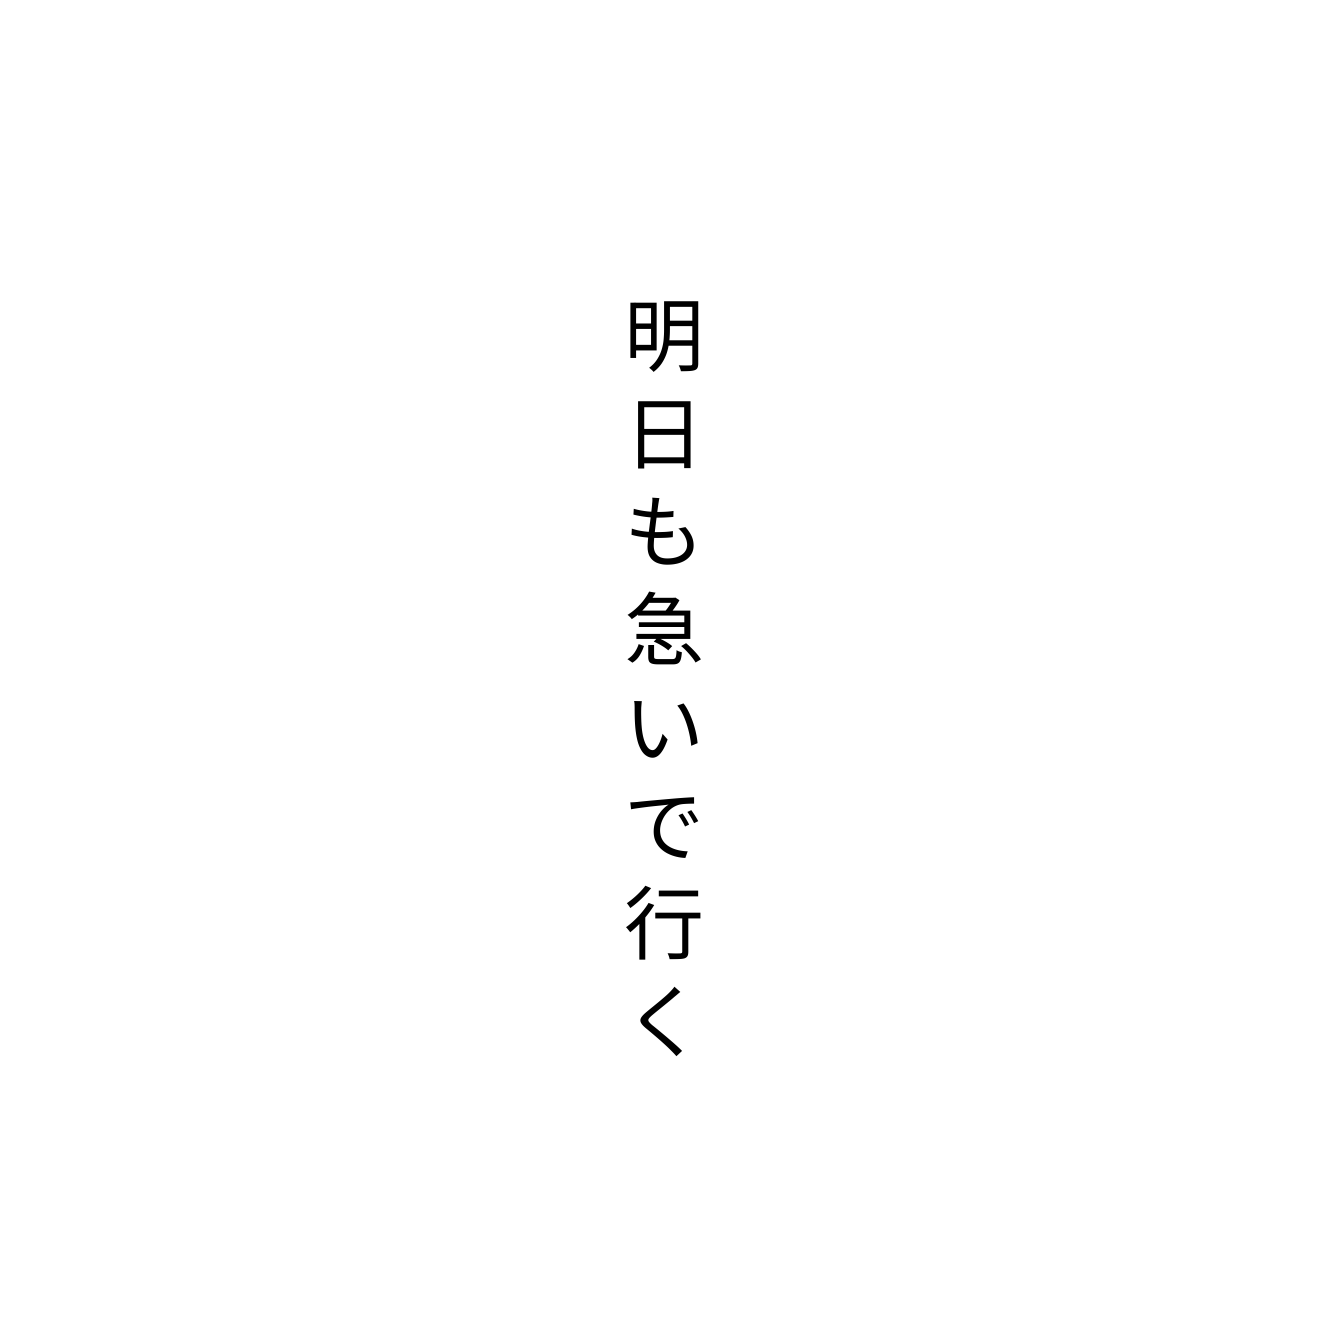
明日も急いで行く